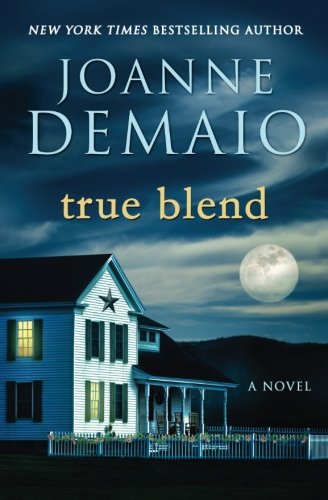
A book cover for True Blend; Joanne DeMaio; Literature & Fiction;